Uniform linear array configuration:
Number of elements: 12
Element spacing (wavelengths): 1
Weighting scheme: binomial
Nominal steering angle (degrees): -60
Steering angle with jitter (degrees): -61.3
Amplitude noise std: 0.05
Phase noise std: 0.05

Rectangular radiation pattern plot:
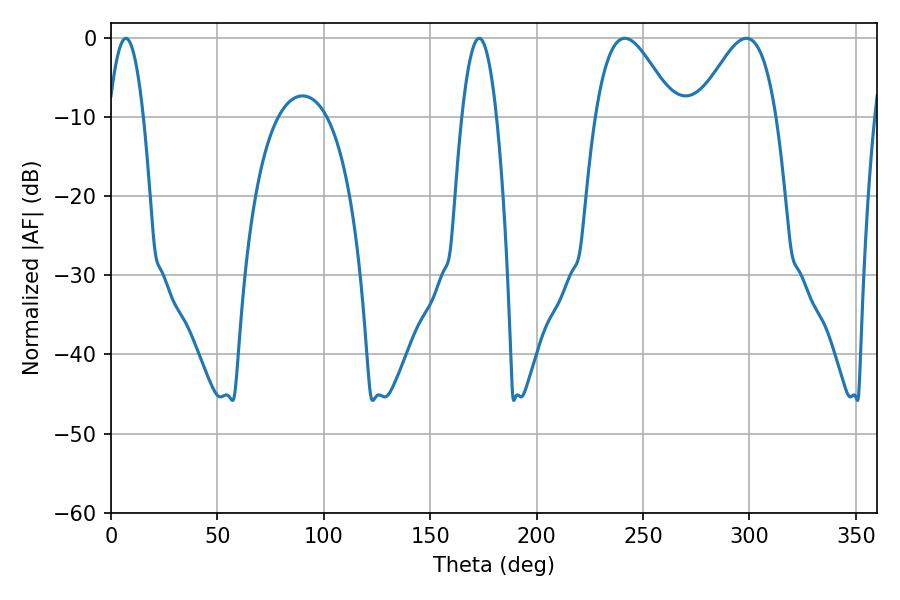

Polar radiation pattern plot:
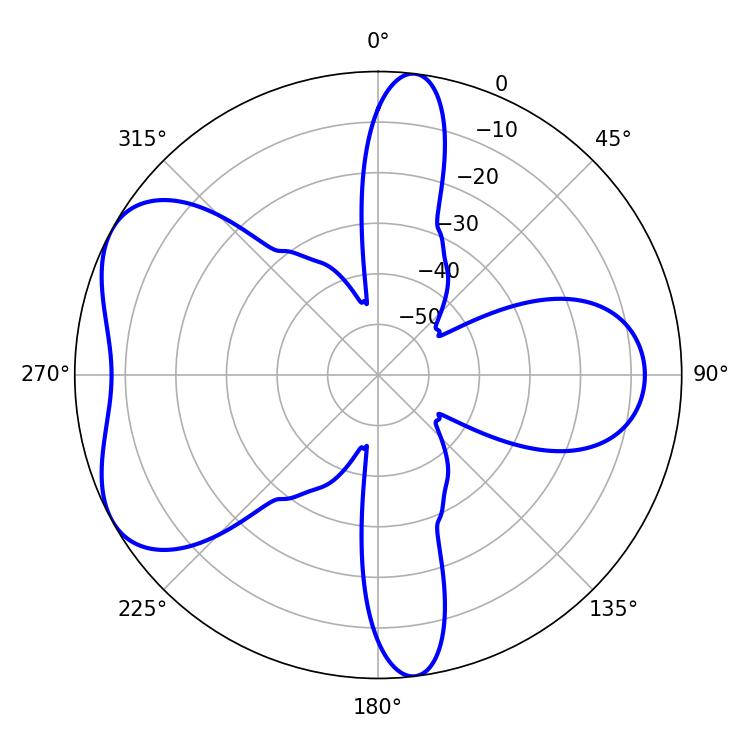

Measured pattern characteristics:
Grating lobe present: TRUE
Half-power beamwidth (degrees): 19.8
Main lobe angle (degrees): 241.38